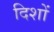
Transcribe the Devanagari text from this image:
दिशों